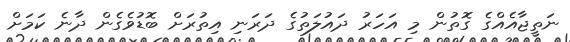
ނަތީޖާއެއްގެ ގޮތުން މި އަހަރު ދައުލަތުގެ ދަރަނި އިތުރަށް ބޮޑުވެގެން ދާނެ ކަމަށް